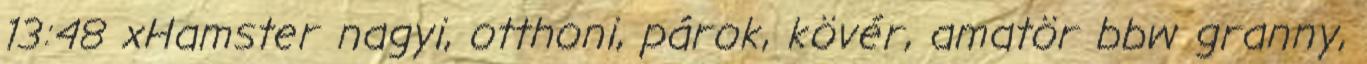
13:48 xHamster nagyi, otthoni, párok, kövér, amatör bbw granny,